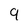
Character: 9